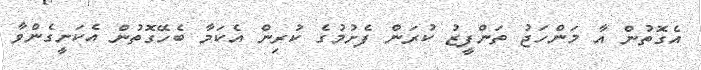
އެގޮތުން އާ މަންހަޖު ތަންފީޒު ކުރަން ފެށުމުގެ ކުރިން އެކަމާ ބެހޭގޮތުން އެކަށީގެންވާ